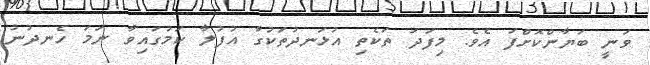
ވަނީ ބަޔާންކޮށްފަ އެވެ. މިފަދަ ތަކެތި އުޅަނދުތަކުގާ އުފުލާ ކަމުގައިވާ ނަމަ ހެނދުނު